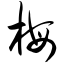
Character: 梅